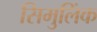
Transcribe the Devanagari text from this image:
सिमुलिंक